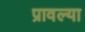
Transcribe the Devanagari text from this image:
प्रावल्या